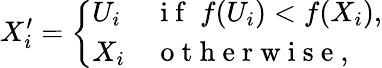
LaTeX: X_{i}^{\prime}=\left\{ \begin{array}{ll}{U_{i}}&{\mathrm{~i~f~}\ f(U_{i})<f(X_{i}),}\\ {X_{i}}&{\mathrm{~o~t~h~e~r~w~i~s~e~},}\end{array}\right.